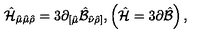
\hat { \cal H } _ { \hat { \mu } \hat { \mu } \hat { \rho } } = 3 \partial _ { [ \hat { \mu } } \hat { \cal B } _ { \hat { \nu } \hat { \rho } ] } , \left( \hat { \cal H } = 3 \partial \hat { \cal B } \right) ,